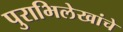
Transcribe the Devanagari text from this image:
पुराभिलेखांचे